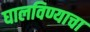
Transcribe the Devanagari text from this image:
घालविण्याचा